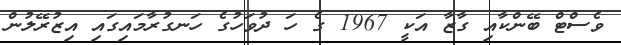
ވެސްޓް ބޭންކާއި ގާޒާ އަކީ 1967 ގެ ހަ ދުވަހުގެ ހަނގުރާމައިގައި އިޒުރޭލުން